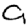
Digit: 9